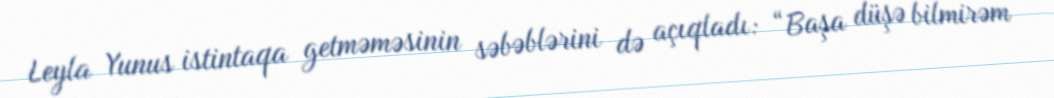
Leyla Yunus istintaqa getməməsinin səbəblərini də açıqladı: “Başa düşə bilmirəm